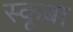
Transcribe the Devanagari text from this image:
स्‍कूबा